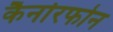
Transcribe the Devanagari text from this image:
कैर्नारफोन